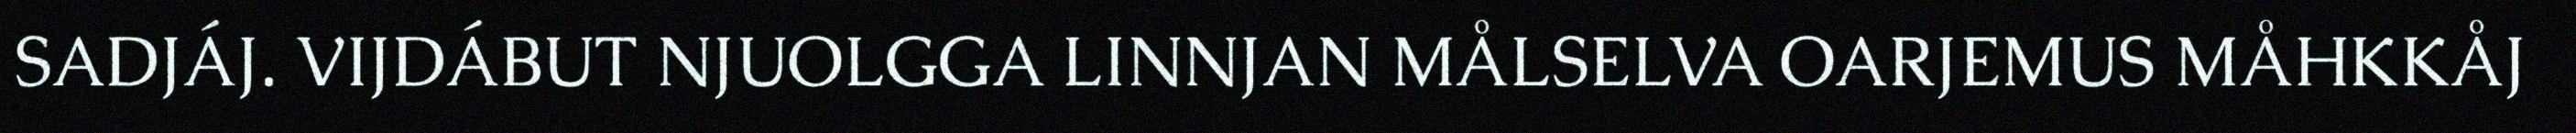
SADJÁJ. VIJDÁBUT NJUOLGGA LINNJAN MÅLSELVA OARJEMUS MÅHKKÅJ